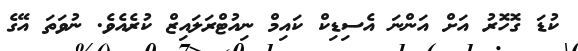
ކުޑަ ގޮހޮރު އަށް އަންނަ އެސިޑިކް ކައިމް ނިއުޓްރަލައިޒް ކުރެއެވެ. ނުވަތަ އޭގެ